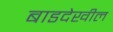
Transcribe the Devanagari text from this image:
बाडदेखील